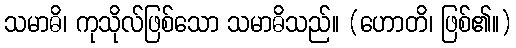
သမာဓိ၊ ကုသိုလ်ဖြစ်သော သမာဓိသည်။ (ဟောတိ၊ ဖြစ်၏။)